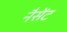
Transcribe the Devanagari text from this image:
नैसेंट